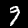
Digit: 9